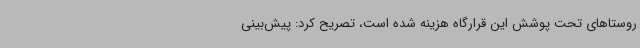
روستاهای‌ تحت پوشش این قرارگاه هزینه شده است، تصریح کرد: پیش‌بینی